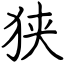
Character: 狭